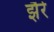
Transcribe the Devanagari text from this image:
झैरे